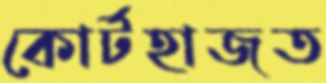
কোর্টহাজত